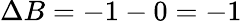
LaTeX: \Delta B=-1-0=-1